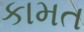
કામત